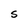
Character: S